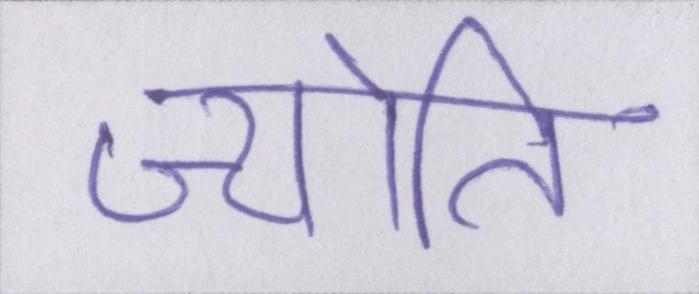
ज्योति